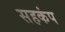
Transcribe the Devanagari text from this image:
सहकंप